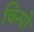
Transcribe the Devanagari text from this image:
चिन्पो